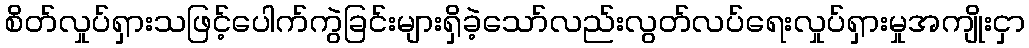
စိတ်လှုပ်ရှားသဖြင့်ပေါက်ကွဲခြင်းများရှိခဲ့သော်လည်းလွတ်လပ်ရေးလှုပ်ရှားမှုအကျိုးငှာ